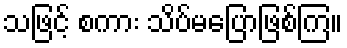
သဖြင့် စကား သိပ်မပြောဖြစ်ကြ။